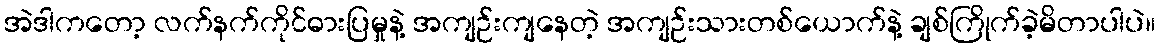
အဲဒါကတော့ လက်နက်ကိုင်ဓားပြမှုနဲ့ အကျဉ်းကျနေတဲ့ အကျဉ်းသားတစ်ယောက်နဲ့ ချစ်ကြိုက်ခဲ့မိတာပါပဲ။